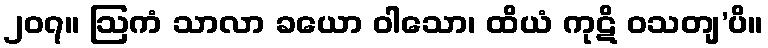
၂၀၇။ ဩကံ သာလာ ခယော ဝါသော၊ ထိယံ ကုဋိ ဝသတျ’ပိ။